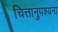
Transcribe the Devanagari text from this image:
चित्तानुपश्यना